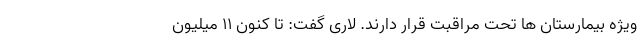
ویژه بیمارستان ها تحت مراقبت قرار دارند. لاری گفت: تا کنون ۱۱ میلیون